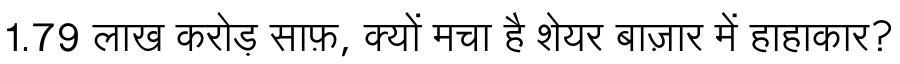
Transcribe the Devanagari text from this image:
1.79 लाख करोड़ साफ़, क्यों मचा है शेयर बाज़ार में हाहाकार?